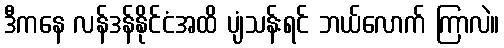
ဒီကနေ လန်ဒန်နိုင်ငံအထိ ပျံသန်းရင် ဘယ်လောက် ကြာလဲ။